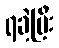
ရခဲ့ပြီး